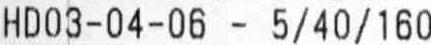
HD03-04-06 - 5/40/160